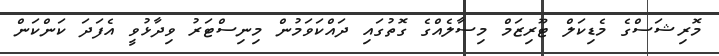
މޮރިޝަސްގެ މެޑިކަލް ޓޫރިޒަމް މިސާލެއްގެ ގޮތުގައި ދައްކަވަމުން މިނިސްޓަރު ވިދާޅުވީ އެފަދަ ކަންކަން